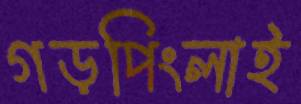
গড়পিংলাই